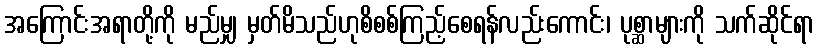
အကြောင်းအရာတို့ကို မည်မျှ မှတ်မိသည်ဟုစိစစ်ကြည့်စေရန်လည်းကောင်း၊ ပုစ္ဆာများကို သက်ဆိုင်ရာ